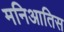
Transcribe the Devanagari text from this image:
मनिआतिस